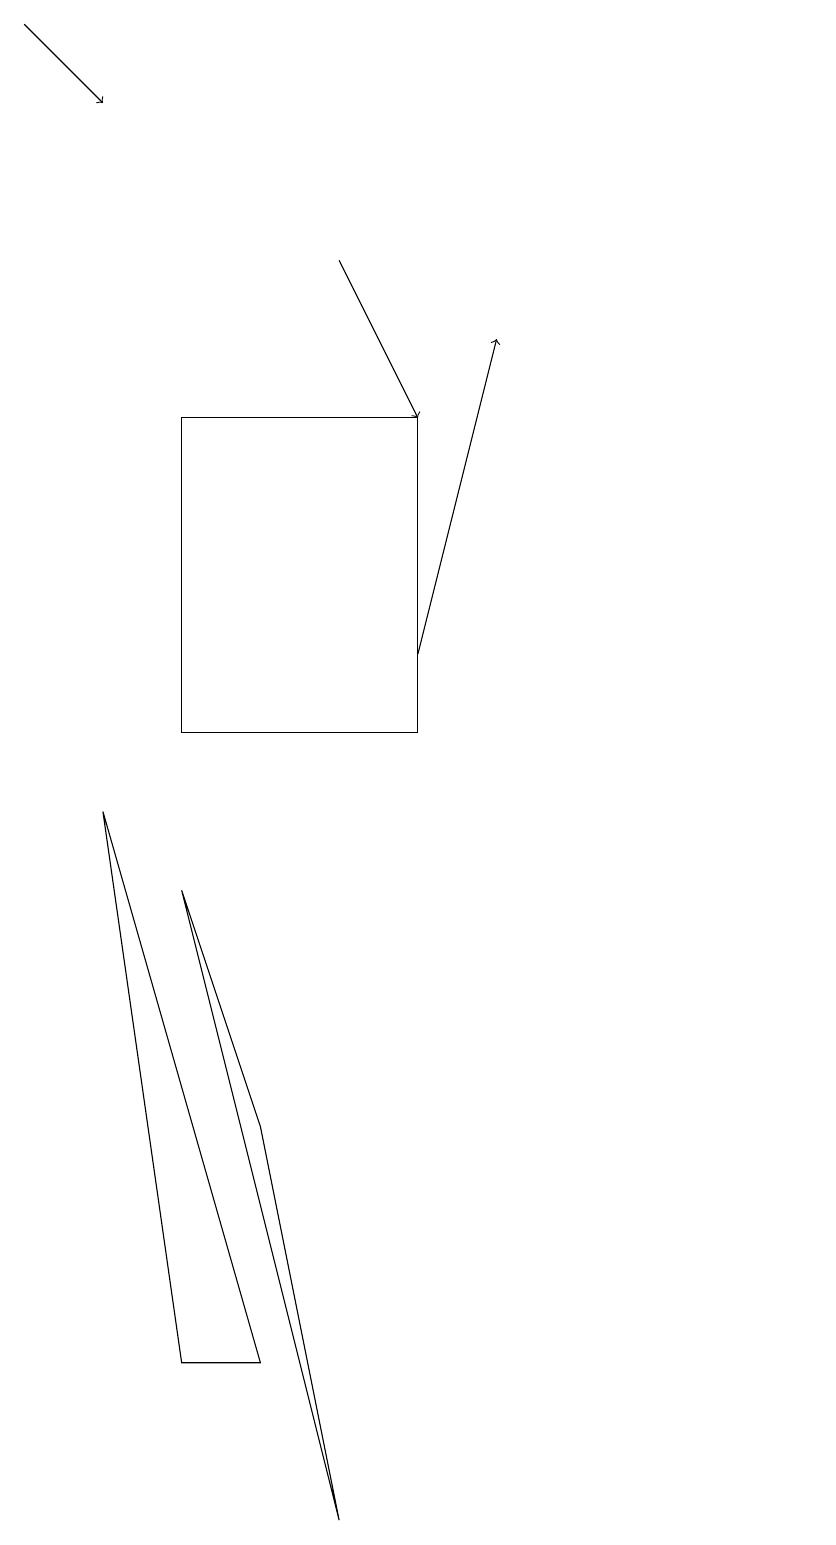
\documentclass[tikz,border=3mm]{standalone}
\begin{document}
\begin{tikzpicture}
\draw[->] (6,11) -- (7,15);
\draw (3,2) -- (2,9) -- (4,2) -- cycle;
\draw[->] (1,19) -- (2,18);
\draw (4,5) -- (3,8) -- (5,0) -- cycle;
\draw[->] (5,16) -- (6,14);
\draw (11,11) circle (0);
\draw (6,14) rectangle (3,10);
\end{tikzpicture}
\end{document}